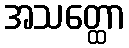
အသတ္ထော